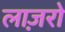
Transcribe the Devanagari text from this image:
लाज़रो